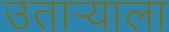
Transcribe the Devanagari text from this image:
उताऱ्याला